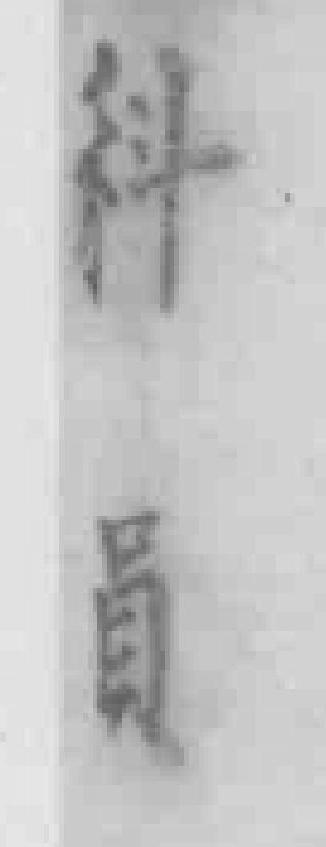
科員